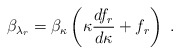
\begin{align*}\beta_{\lambda_r}=\beta_\kappa \left(\kappa \frac{df_r}{d\kappa}+f_r\right)\,\,.\end{align*}